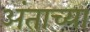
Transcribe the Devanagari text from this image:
अंताच्या